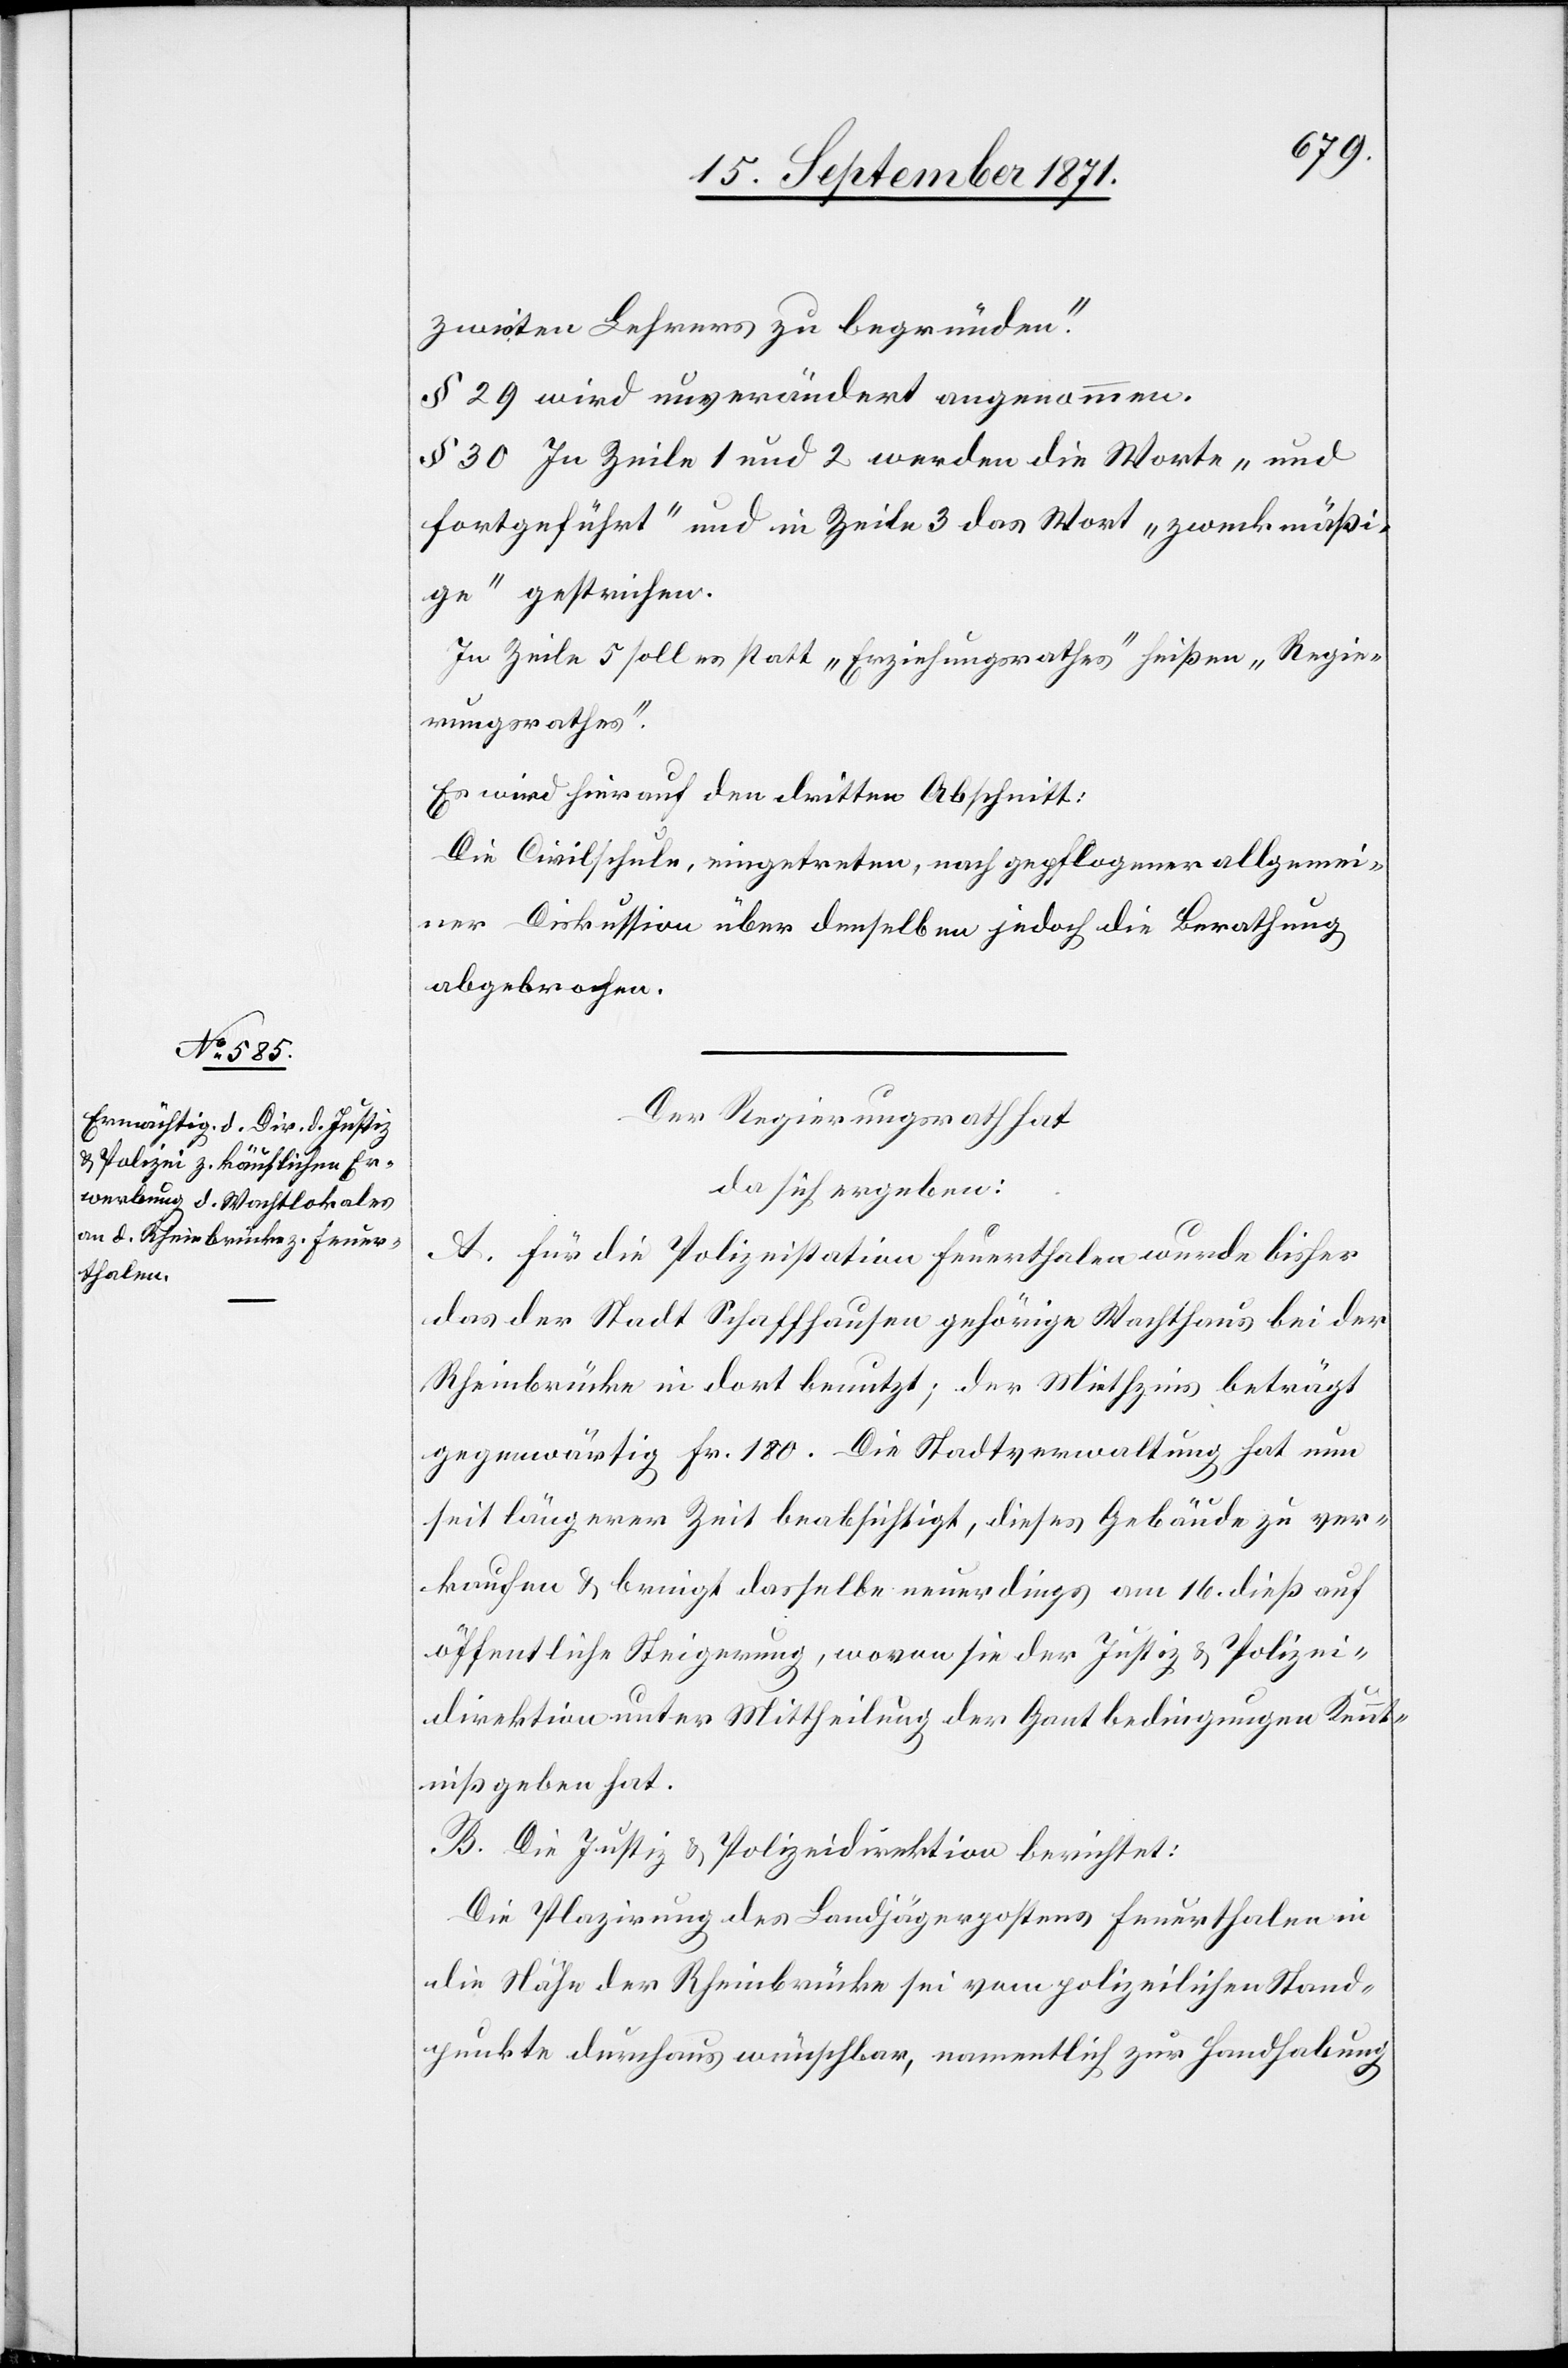
zweiten Lehrers zu begründen.“
§ 29 wird unverändert angenommen.
§ 30. In Zeile 1 und 2 werden die Worte „und
fortgeführt“ und in Zeile 3 das Wort „zweckmäßi¬
ge“ gestrichen.
In Zeile 5 soll es statt „Erziehungsrathes“ heissen „Regie¬
rungsrathes“.
Es wird hier auf den dritten Abschnitt:
Die Civilschule, eingetreten, nach gepflogener allgemei¬
ner Diskussion über denselben jedoch die Berathung
abgebrochen.
Der Regierungsrath hat
da sich ergeben:
A. Für die Polizeistation Feuerthalen wurde bisher
das der Stadt Schaffhausen gehörige Wachthaus bei der
Rheinbrücke in dort benutzt; der Miethzsins beträgt
gegenwärtig Fr. 180. Die Stadtverwaltung hat nun
seit längerer Zeit beabsichtigt, dieses Gebäude zu ver¬
kaufen & bringt dasselbe neuerdings am 16. dieß auf
öffentliche Steigerung, wovon sie der Justiz- & Polizei¬
direktion unter Mittheilung der Gantbedingungen Kennt¬
niß [ge]geben hat.
B. Die Justiz- & Polizeidirektion berichtet:
Die Plazirung des Landjägerpostens Feuerthalen in
die Nähe der Rheinbrücke sei vom polizeilichen Stand¬
punkte durchaus wünschbar, namentlich zur Handhabung